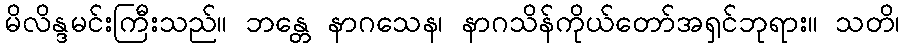
မိလိန္ဒမင်းကြီးသည်။ ဘန္တေ နာဂသေန၊ နာဂသိန်ကိုယ်တော်အရှင်ဘုရား။ သတိ၊